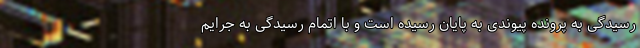
رسیدگی به پرونده پیوندی به پایان رسیده است و با اتمام رسیدگی به جرایم